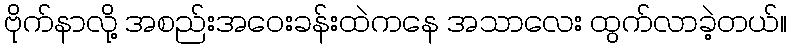
ဗိုက်နာလို့ အစည်းအဝေးခန်းထဲကနေ အသာလေး ထွက်လာခဲ့တယ်။